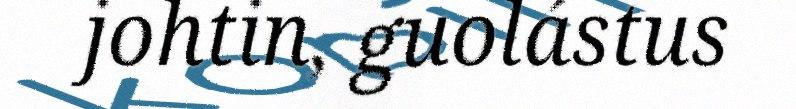
johtin, guolástus